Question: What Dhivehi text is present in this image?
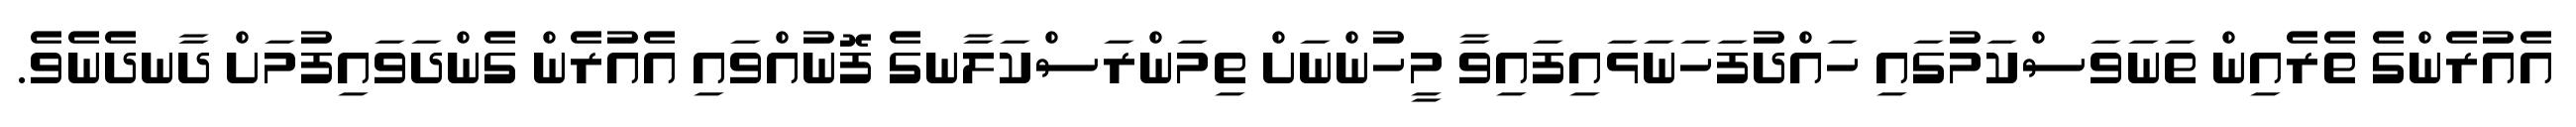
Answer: އެއުރެންގެ ތެރެއިން ތަނަވަސްކަމުގައި ހައްދުފަހަނަޅައިފައިވާ މީހުންނަށް ތިމަންރަސްކަލާނގެ ފޮނުއްވައި އެއުރެން ގެންދަވައިފުމަށް ދާނދެނެވެ.